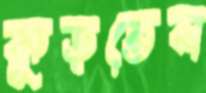
কুড়তেন